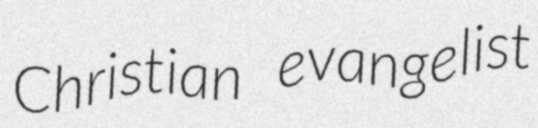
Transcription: Christian evangelist